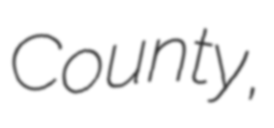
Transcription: County,